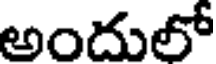
అందులో